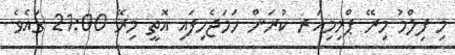
މި ފިލްމު މިރޭ ޕްރިމިއަރ ކުރަން ހަމަޖެހިފައި އޮތީ މިރޭ 21:00 ގައެވެ.